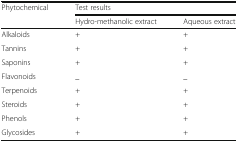
<table><thead><tr><td rowspan="2"><b>Phytochemical</b></td><td colspan="2"><b>Test results</b></td></tr><tr><td><b>Hydro-methanolic extract</b></td><td><b>Aqueous extract</b></td></tr></thead><tbody><tr><td>Alkaloids</td><td>+</td><td>+</td></tr><tr><td>Tannins</td><td>+</td><td>+</td></tr><tr><td>Saponins</td><td>+</td><td>+</td></tr><tr><td>Flavonoids</td><td>_</td><td>_</td></tr><tr><td>Terpenoids</td><td>+</td><td>+</td></tr><tr><td>Steroids</td><td>+</td><td>+</td></tr><tr><td>Phenols</td><td>+</td><td>+</td></tr><tr><td>Glycosides</td><td>+</td><td>+</td></tr></tbody></table>